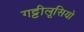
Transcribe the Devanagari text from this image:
गट्टीलूसियो